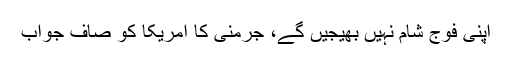
اپنی فوج شام نہیں بھیجیں گے، جرمنی کا امریکا کو صاف جواب